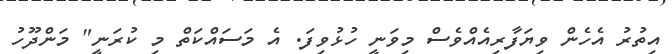
އިތުރު އެހެން ވިޔަފާރިއެއްވެސް މިވަނީ ހުޅުވިފަ. އެ މަސައްކަތް މި ކުރަނީ" މަންދޫހު